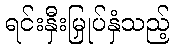
ရင်းနှီးမြှုပ်နှံသည့်